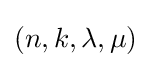
(n,k,\lambda ,\mu )